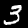
Digit: 3